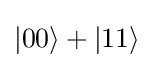
|00\rangle +|11\rangle